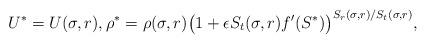
LaTeX: \begin{align*}U^*=U(\sigma,r),\rho^*=\rho(\sigma,r) \big(1+\epsilon S_t(\sigma,r) f'(S^*)\big)^{S_r(\sigma,r)/S_t(\sigma,r)},\end{align*}